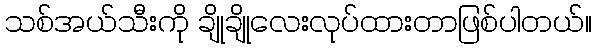
သစ်အယ်သီးကို ချိုချိုလေးလုပ်ထားတာဖြစ်ပါတယ်။